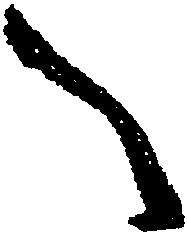
へ